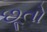
છૂતો